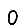
Digit: 0